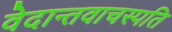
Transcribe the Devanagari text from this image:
वेदान्तवाचस्पति